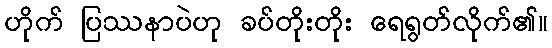
ဟိုက် ပြဿနာပဲဟု ခပ်တိုးတိုး ရေရွတ်လိုက်၏။